Document type: Sale
Year: 1290
Scribe: Miquel Rotllan
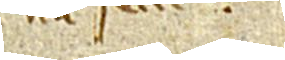
num fecit.